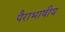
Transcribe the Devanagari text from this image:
पैराभाषीय